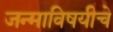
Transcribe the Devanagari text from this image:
जन्माविषयीचे